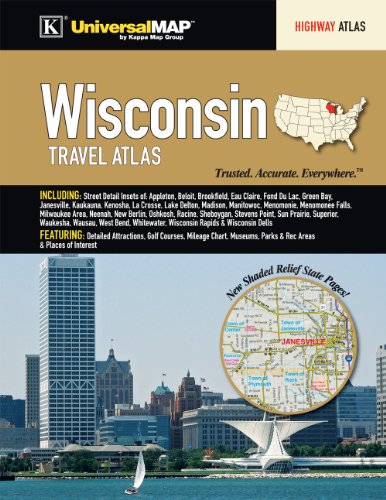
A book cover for Wisconsin State Travel Atlas; Kappa Map Group; Travel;